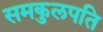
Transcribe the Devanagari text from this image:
समकुलपति